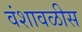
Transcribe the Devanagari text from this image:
वंशावळीस